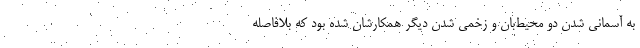
به آسمانی شدن دو محیط‌بان و زخمی شدن دیگر همکارشان شده بود که بلافاصله